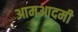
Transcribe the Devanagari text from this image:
आमआदमी